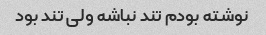
نوشته بودم تند نباشه ولی تند بود